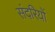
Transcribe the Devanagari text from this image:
संदरियों